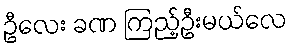
ဦလေး ခဏ ကြည့်ဦးမယ်လေ